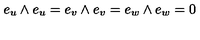
e _ { u } \wedge e _ { u } = e _ { v } \wedge e _ { v } = e _ { w } \wedge e _ { w } = 0